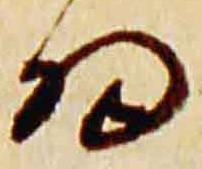
細